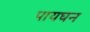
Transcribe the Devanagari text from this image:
पायघन